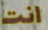
انت